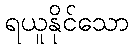
ရယူနိုင်သော